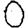
Digit: 0